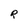
Character: R